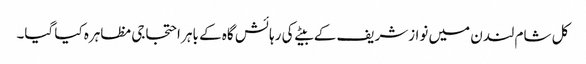
کل شام لندن میں نوازشریف کے بیٹے کی رہائش گاہ کے باہر احتجاجی مظاہرہ کیا گیا۔